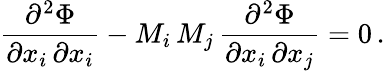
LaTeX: {\frac{\partial^{2}\Phi}{\partial x_{i}\, \partial x_{i}}}-M_{i}\, M_{j}\, {\frac{\partial^{2}\Phi}{\partial x_{i}\, \partial x_{j}}}=0\, .